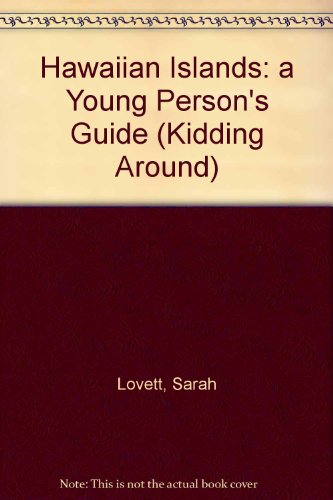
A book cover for Kidding Around the Hawaiian Islands: A Young Person's Guide; Sarah Lovett; Teen & Young Adult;